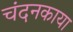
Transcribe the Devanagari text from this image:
चंदनकाया